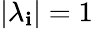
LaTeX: |\lambda_{\mathbf{i}}|=1